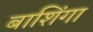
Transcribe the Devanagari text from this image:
बाशिंगा